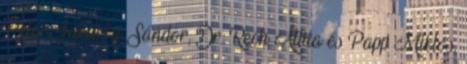
Péter, Jakabfy Sándor, Dr. Rech Attila és Papp Miklós,